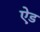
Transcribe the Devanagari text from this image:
ऐ़ड